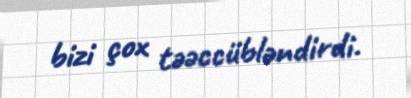
bizi çox təəccübləndirdi.